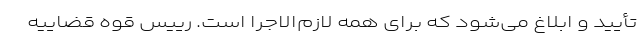
تأیید و ابلاغ می‌شود که برای همه لازم‌الاجرا است. رییس قوه قضاییه